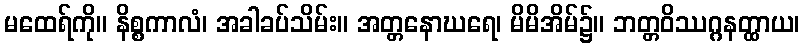
မထေရ်ကို။ နိစ္စကာလံ၊ အခါခပ်သိမ်း။ အတ္တနောဃရေ၊ မိမိအိမ်၌။ ဘတ္တဝိဿဂ္ဂနတ္ထာယ၊